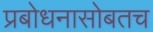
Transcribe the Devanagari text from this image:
प्रबोधनासोबतच